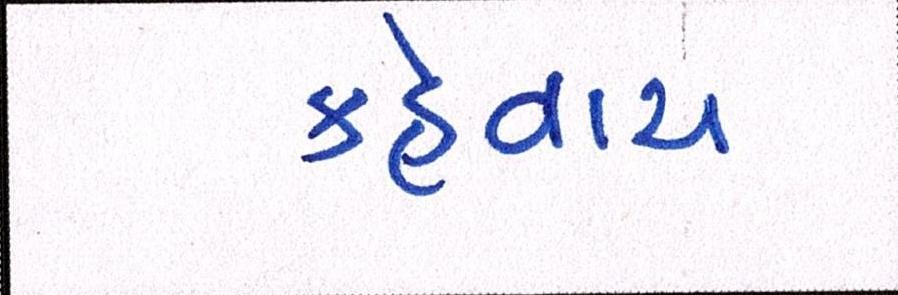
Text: કહેવાય